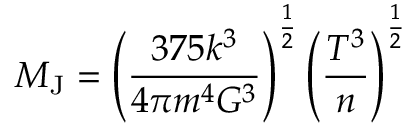
M _ { \mathrm { J } } = \left( { \frac { 3 7 5 k ^ { 3 } } { 4 \pi m ^ { 4 } G ^ { 3 } } } \right) ^ { \frac { 1 } { 2 } } \left( { \frac { T ^ { 3 } } { n } } \right) ^ { \frac { 1 } { 2 } }